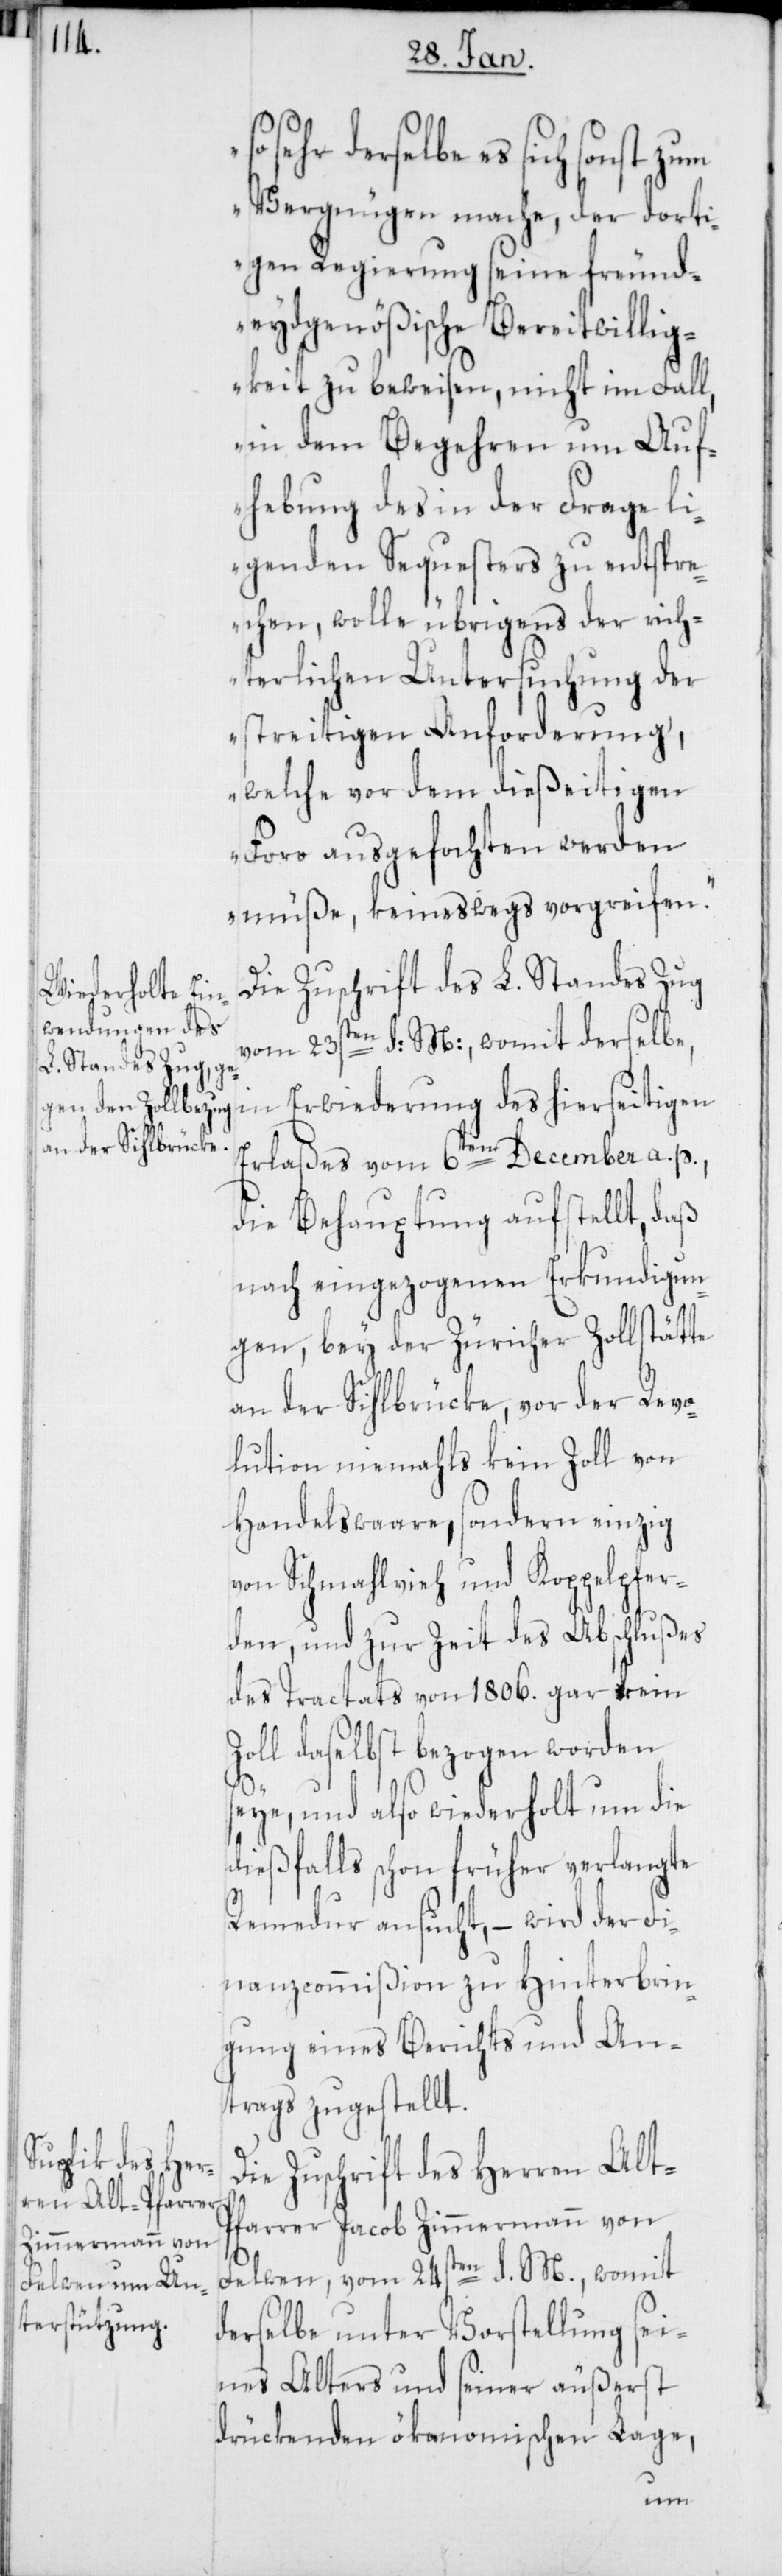
Erwiederung des hierseitigen
Vergnügen mache, der dorti¬
gen Regierung seine freund¬
eydsgenößische Bereitwillig¬
keit zu beweisen, nicht im Fall,
in dem Begehren um Auf¬
hebung des in der Frage li¬
genden Sequesters zu entspre¬
chen, wolle übrigens der rich¬
terlichen Untersuchung der
streitigen Anforderung,
welche vor dem dießeitigen
Foro ausgefochten werden
müße, keineswegs vorgreifen.“
Die Zuschrift des L. Standes Zug
vom 23sten d: M:, womit derselbe,
Erlaßes vom 6ten December a. p.,
die Behauptung aufstellt, daß
nach eingezogenen Erkundigun¬
gen, bey der Züricher Zollstätte
an der Sihlbrücke, vor der Revo¬
lution niemahls kein Zoll von
Handelswaare, sondern einzig
von Schmahlvieh und Koppelpfer¬
den, und zur Zeit des Abschlußes
des Tractats von 1806. gar kein
Zoll daselbst bezogen worden
seye, und also wiederholt um die
dießfalls schon früher verlangte
Remedur ansucht, – wird der Fi¬
nanzcommißion zu Hinterbrin¬
gung eines Berichts und An¬
trags zugestellt.
ie Zuschrift des Herren Alt-P¬
farrer Jacob Zimmermann von
Felben, vom 24sten d. M., womit
derselbe unter Vorstellung sei¬
nes Alters und seiner äußerst
drückenden ökonomischen Lage,
D¬